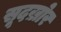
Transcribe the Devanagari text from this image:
सूदख़ोर